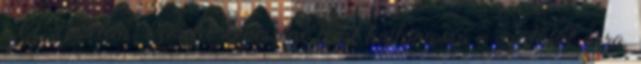
. A szerelem szeretet képessége teszi hajlamossá a szülőket arra,